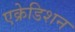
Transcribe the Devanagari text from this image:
एक्रेडिशन